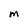
Character: M